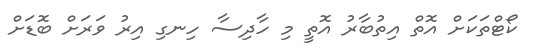
ކޯޓްތަކަށް އޮތް އިތުބާރު އޮތީ މި ހާދިސާ ހިނގި އިރު ވަރަށް ބޮޑަށް